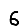
Digit: 6